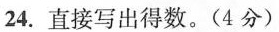
24.直接写出得数 。(4分)